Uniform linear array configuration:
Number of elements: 8
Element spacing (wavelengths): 0.75
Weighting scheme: blackman
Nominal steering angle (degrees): -30
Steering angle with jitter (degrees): -28.41
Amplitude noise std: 0.05
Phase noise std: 0.05

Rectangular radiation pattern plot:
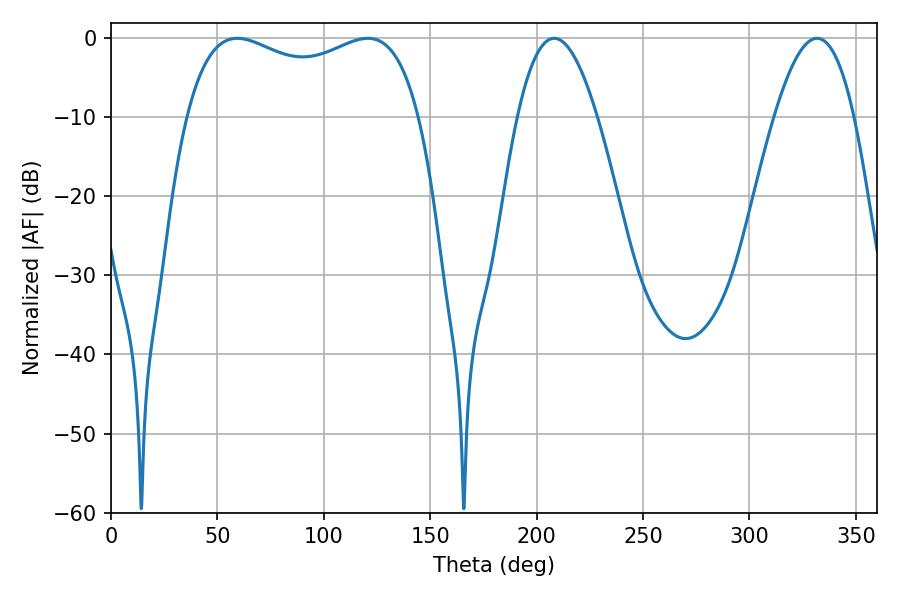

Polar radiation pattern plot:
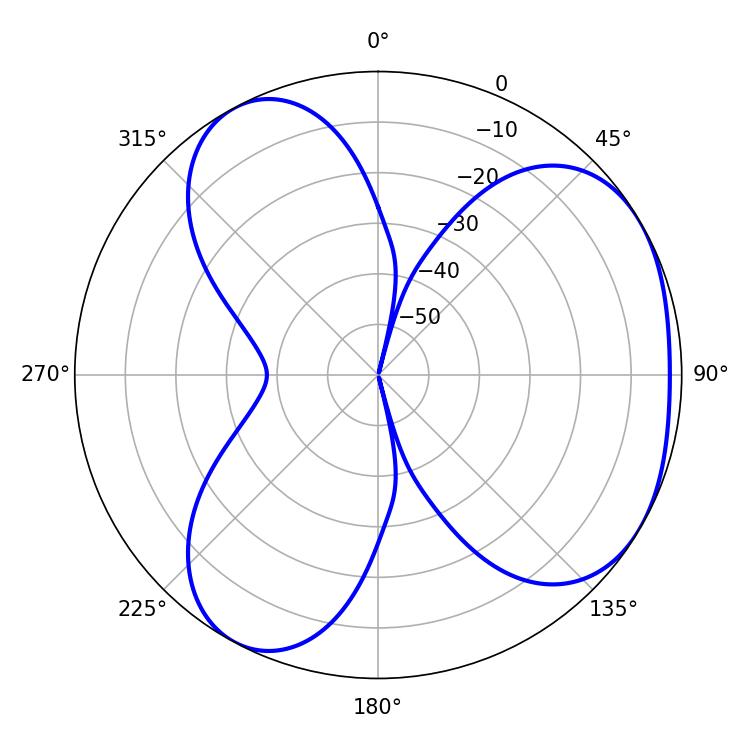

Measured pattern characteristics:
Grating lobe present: TRUE
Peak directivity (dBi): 3.976
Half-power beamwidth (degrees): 20.34
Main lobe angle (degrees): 208.26